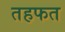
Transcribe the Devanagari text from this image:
तहफत